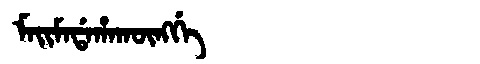
Manchu: ᠮᠠᡳᠮᠠᡩᠠᡥᠠᡴᡡᠩᡤᡝ
Romanization: MAIMADAHAKŪNGGE